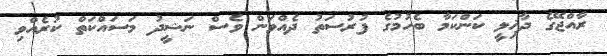
ރާއްޖޭގެ ދާޚިލީ ކަންކަމާ ބެހުމުގެ ފުރުސަތު ދެއްވަން ވެސް ނަޝީދު މަސައްކަތް ކުރެއްވި